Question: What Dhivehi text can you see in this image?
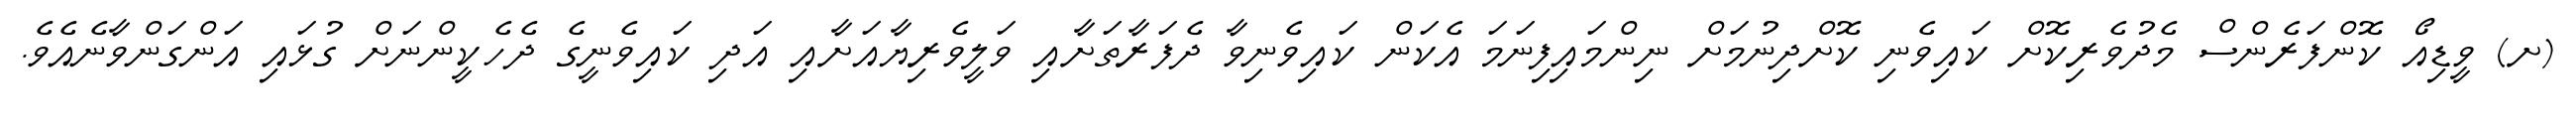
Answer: (ށ) ވީޑިއޯ ކޮންފަރެންސް މެދުވެރިކޮށް ކައިވެނި ކޮށްދިނުމަށް ނިންމައިފިނަމަ އެކަން ކައިވެނިވާ ދެފަރާތަށާއި ވަލީވެރިޔާއަށާއި އަދި ކައިވެނީގެ ދެހެކީންނަށް ގުޅައި އަންގަންވާނެއެވެ.